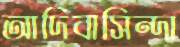
আদিবাসিন্দা